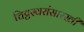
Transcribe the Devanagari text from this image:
चिट्टस्वरांसारखी